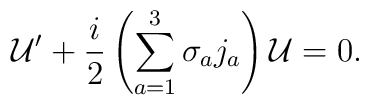
{\cal U}^\prime+     {i\over 2}\left(\sum_{a=1}^{3}\sigma_aj_a\right){\cal U}=0.